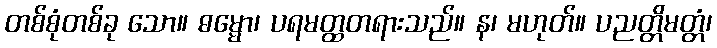
တစ်စုံတစ်ခု သော။ ဓမ္မော၊ ပရမတ္ထတရားသည်။ န၊ မဟုတ်။ ပညတ္တိမတ္တံ၊